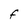
Character: F